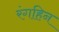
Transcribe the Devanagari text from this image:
रंगहिन